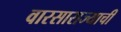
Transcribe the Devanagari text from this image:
वारसाराज्याची